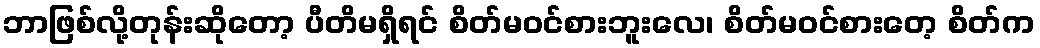
ဘာဖြစ်လို့တုန်းဆိုတော့ ပီတိမရှိရင် စိတ်မဝင်စားဘူးလေ၊ စိတ်မဝင်စားတေ့ စိတ်က